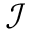
\mathcal I